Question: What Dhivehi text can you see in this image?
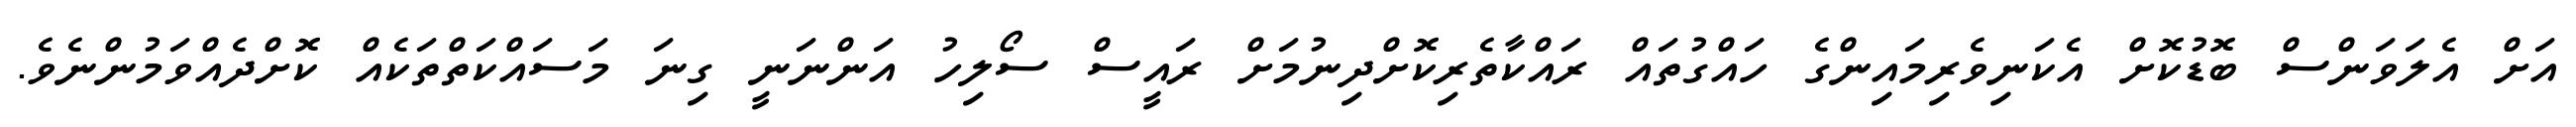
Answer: އަށް އެލަވަންސް ބޮޑުކޮށް އެކަނިވެރިމައިންގެ ހައްގުތައް ރައްކާތެރިކޮށްދިނުމަށް ރައީސް ސޯލިހު އަންނަނީ ގިނަ މަސައްކަތްތަކެއް ކޮށްދެއްވަމުންނެވެ.